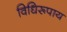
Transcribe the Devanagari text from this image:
विधिरूपाय